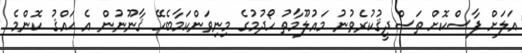
އަލަށް ފާސްކޮށް ތަސްދީޤުކުރެވުނު މައުލޫމާތު ހޯދުމުގެ މިނިވަންކަމާބެހޭ ޤާނޫނުން އެ ޙައްޤު ކޮންމެ